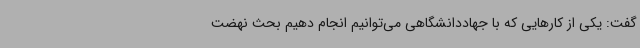
گفت: یکی از کارهایی که با جهاددانشگاهی می‌توانیم انجام دهیم بحث نهضت